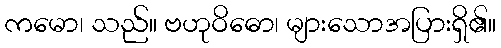
ကမော၊ သည်။ ဗဟုဝိဓော၊ များသောအပြားရှိ၏။